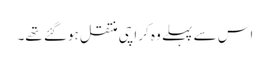
اس سے پہلے وہ کراچی منتقل ہوگئے تھے۔